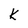
Character: k